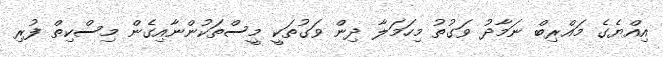
އިއްޔެގެ މަޣްރިބް ނަމާދު ވަގުތު މިހަމަލާ ދިން ވަގުތަކީ މީސްތަކުންނާއިގެން މިސްކިތް ފުރި